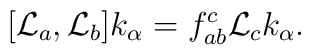
[ {\cal L}_a ,{\cal L}_b ] k_\alpha = f^{c}_{ab} {\cal L}_c k_\alpha  .